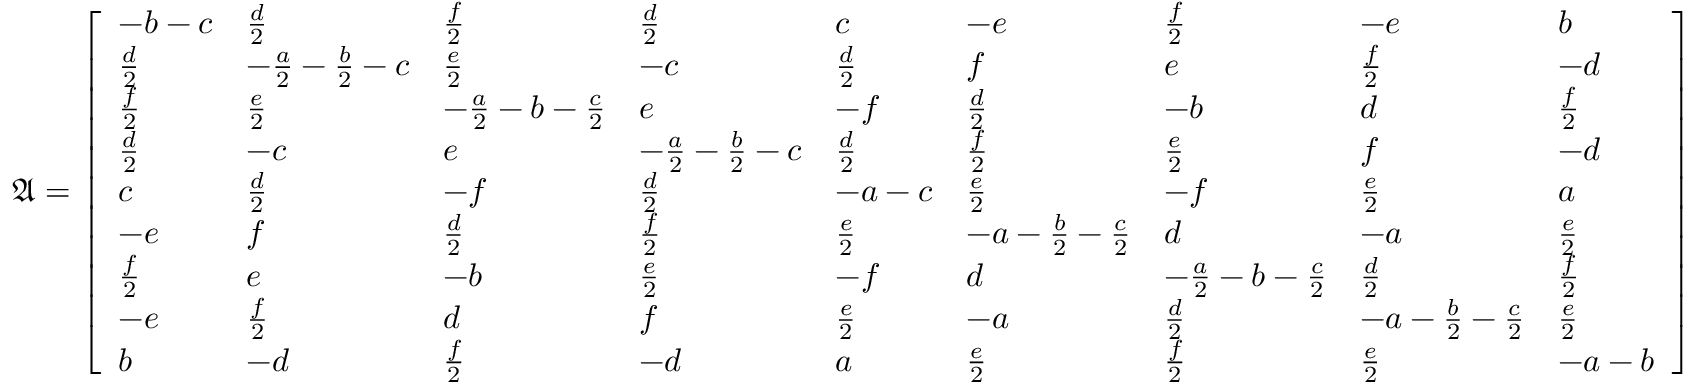
\mathfrak { A } = \left[ \begin{array} { l l l l l l l l l } { - b - c } & { \frac { d } { 2 } } & { \frac { f } { 2 } } & { \frac { d } { 2 } } & { c } & { - e } & { \frac { f } { 2 } } & { - e } & { b } \\ { \frac { d } { 2 } } & { - \frac { a } { 2 } - \frac { b } { 2 } - c } & { \frac { e } { 2 } } & { - c } & { \frac { d } { 2 } } & { f } & { e } & { \frac { f } { 2 } } & { - d } \\ { \frac { f } { 2 } } & { \frac { e } { 2 } } & { - \frac { a } { 2 } - b - \frac { c } { 2 } } & { e } & { - f } & { \frac { d } { 2 } } & { - b } & { d } & { \frac { f } { 2 } } \\ { \frac { d } { 2 } } & { - c } & { e } & { - \frac { a } { 2 } - \frac { b } { 2 } - c } & { \frac { d } { 2 } } & { \frac { f } { 2 } } & { \frac { e } { 2 } } & { f } & { - d } \\ { c } & { \frac { d } { 2 } } & { - f } & { \frac { d } { 2 } } & { - a - c } & { \frac { e } { 2 } } & { - f } & { \frac { e } { 2 } } & { a } \\ { - e } & { f } & { \frac { d } { 2 } } & { \frac { f } { 2 } } & { \frac { e } { 2 } } & { - a - \frac { b } { 2 } - \frac { c } { 2 } } & { d } & { - a } & { \frac { e } { 2 } } \\ { \frac { f } { 2 } } & { e } & { - b } & { \frac { e } { 2 } } & { - f } & { d } & { - \frac { a } { 2 } - b - \frac { c } { 2 } } & { \frac { d } { 2 } } & { \frac { f } { 2 } } \\ { - e } & { \frac { f } { 2 } } & { d } & { f } & { \frac { e } { 2 } } & { - a } & { \frac { d } { 2 } } & { - a - \frac { b } { 2 } - \frac { c } { 2 } } & { \frac { e } { 2 } } \\ { b } & { - d } & { \frac { f } { 2 } } & { - d } & { a } & { \frac { e } { 2 } } & { \frac { f } { 2 } } & { \frac { e } { 2 } } & { - a - b } \end{array} \right]